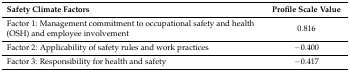
| Safety Climate Factors | Profile Scale Value |
 | --- | --- |
 | Factor 1: Management commitment to occupational safety and health (OSH) and employee involvement | 0.816 |
 | Factor 2: Applicability of safety rules and work practices | −0.400 |
 | Factor 3: Responsibility for health and safety | −0.417 |